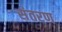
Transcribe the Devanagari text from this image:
संतरण